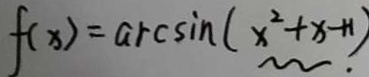
f ( x ) = \arcsin ( x ^ { 2 } + x + 1 ) .